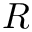
R